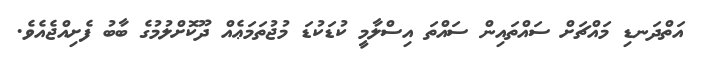
އަތްދަނޑި މައްޗަށް ސައްތައިން ސައްތަ އިސްލާމީ ކުޑަކުޑަ މުޖުތަމަޢެއް ދޫކޮށްލުމުގެ ބާބު ފެށިއްޖެއެވެ.